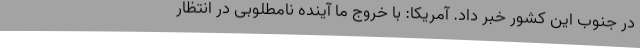
در جنوب این کشور خبر داد. آمریکا: با خروج ما آینده نامطلوبی در انتظار